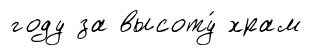
году за высоту́ храм